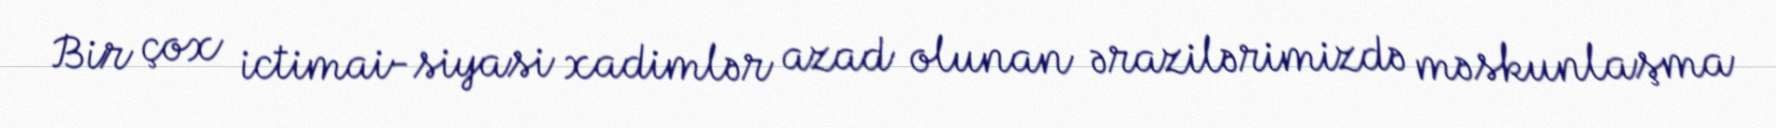
Bir çox ictimai-siyasi xadimlər azad olunan ərazilərimizdə məskunlaşma